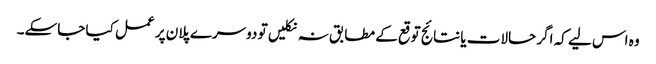
وہ اس لیے کہ اگر حالات یا نتائج توقع کے مطابق نہ نکلیں تو دوسرے پلان پر عمل کیا جاسکے۔